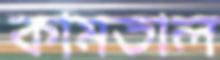
কামতাল